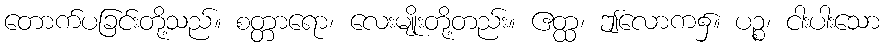
တောက်ပခြင်းတို့သည်။ စတ္တာရော၊ လေးမျိုးတို့တည်း။ ဧတ္ထ၊ ဤလောက၌။ ပဉ္စ၊ ငါးပါးသော